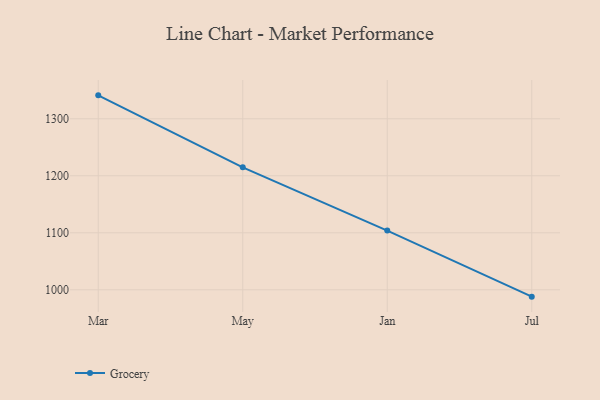
{"axis": {"x": "Month", "y": "Operating Costs (USD K)"}, "legend": ["Grocery"], "data": [{"x": "Mar", "y": 1341.1, "type": "Grocery"}, {"x": "May", "y": 1214.8, "type": "Grocery"}, {"x": "Jan", "y": 1103.9, "type": "Grocery"}, {"x": "Jul", "y": 988.0, "type": "Grocery"}]}